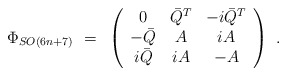
\begin{align*}\Phi_{SO(6n+7)} ~=~ \left( \begin{array}{ccc}0 & \bar{Q}^T & - i \bar{Q}^T \\- \bar{Q} & A & i A \\i \bar{Q} & i A & - A \end{array} \right) ~.\end{align*}